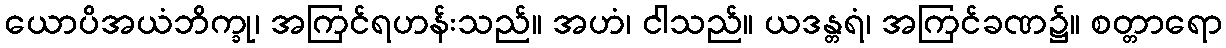
ယောပိအယံဘိက္ခု၊ အကြင်ရဟန်းသည်။ အဟံ၊ ငါသည်။ ယဒန္တရံ၊ အကြင်ခဏ၌။ စတ္တာရော